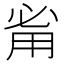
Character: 𰢲